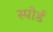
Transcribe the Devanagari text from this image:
स्पोर्ड